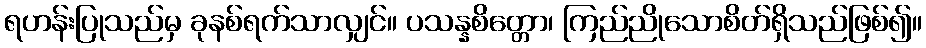
ရဟန်းပြုသည်မှ ခုနစ်ရက်သာလျှင်။ ပသန္နစိတ္တော၊ ကြည်ညိုသောစိတ်ရှိသည်ဖြစ်၍။